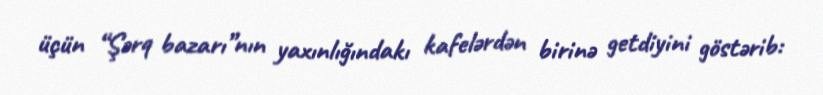
üçün “Şərq bazarı”nın yaxınlığındakı kafelərdən birinə getdiyini göstərib: